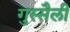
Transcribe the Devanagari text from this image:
गुस्सैली